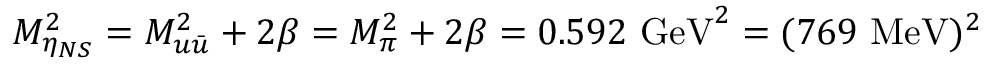
M _ { \eta _ { N S } } ^ { 2 } = M _ { u \bar { u } } ^ { 2 } + 2 \beta = M _ { \pi } ^ { 2 } + 2 \beta = 0 . 5 9 2 \, \, \mathrm { G e V } ^ { 2 } = ( 7 6 9 \, \, \mathrm { M e V } ) ^ { 2 }